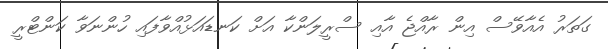
ގަތަރު އެއާވޭސް އިން ރާއްޖެ އާއި ސްރީލަންކާ އަށް ކަނޑައަޅުއްވާފައި ހުންނަވާ ކަންޓްރީ